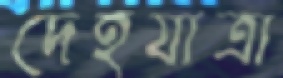
দেহযাত্রা